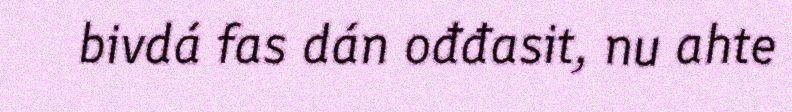
bivdá fas dán ođđasit, nu ahte